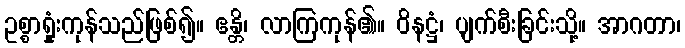
ဥစ္စာရှုံးကုန်သည်ဖြစ်၍။ ဧန္တိ၊ လာကြကုန်၏။ ဝိနဋ္ဌံ၊ ပျက်စီးခြင်းသို့။ အာဂတာ၊